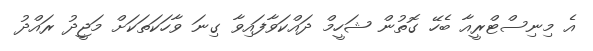
އެ މިނިސްޓްރީއާ ބެހޭ ގޮތުން ޝަހީމް ދައްކަވާފައިވާ ގިނަ ވާހަކަތަކަށް މަޖީދު ރައްދު